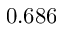
0 . 6 8 6